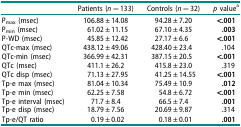
<table><thead><tr><td><b> </b></td><td><b>Patients (<i>n</i> = 133)</b></td><td><b>Controls (<i>n</i> = 32)</b></td><td><b><i>p</i> value<sup>a</sup></b></td></tr></thead><tbody><tr><td>P<sub>max</sub> (msec)</td><td>106.88 ± 14.08</td><td>94.28 ± 7.20</td><td><b>&lt;.001</b></td></tr><tr><td>P<sub>min</sub> (msec)</td><td>61.02 ± 11.15</td><td>67.10 ± 4.35</td><td><b>.003</b></td></tr><tr><td>P-WD (msec)</td><td>45.85 ± 12.42</td><td>27.17 ± 6.6</td><td><b>&lt;.001</b></td></tr><tr><td>QTc-max (msec)</td><td>438.12 ± 49.06</td><td>428.40 ± 23.4</td><td>.104</td></tr><tr><td>QTc-min (msec)</td><td>366.99 ± 42.31</td><td>387.15 ± 20.5</td><td><b>&lt;.001</b></td></tr><tr><td>QTc (msec)</td><td>411.1 ± 26.2</td><td>415.8 ± 23.0</td><td>.319</td></tr><tr><td>QTc disp (msec)</td><td>71.13 ± 27.95</td><td>41.25 ± 14.55</td><td><b>&lt;.001</b></td></tr><tr><td>Tp-e max (msec)</td><td>81.04 ± 10.34</td><td>75.49 ± 10.9</td><td><b>.012</b></td></tr><tr><td>Tp-e min (msec)</td><td>62.25 ± 7.58</td><td>54.8 ± 6.72</td><td><b>&lt;.001</b></td></tr><tr><td>Tp-e interval (msec)</td><td>71.7 ± 8.4</td><td>66.5 ± 7.4</td><td><b>.001</b></td></tr><tr><td>Tp-e disp (msec)</td><td>18.79 ± 7.56</td><td>20.69 ± 9.87</td><td>.314</td></tr><tr><td>Tp-e/QT ratio</td><td>0.19 ± 0.02</td><td>0.18 ± 0.01</td><td><b>.001</b></td></tr></tbody></table>